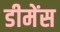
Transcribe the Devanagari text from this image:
डीमेंस